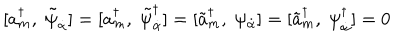
LaTeX: [ a _ { m } ^ { \dagger } , \; \tilde { \psi } _ { \dot { \alpha } } ] = [ a _ { m } ^ { \dagger } , \; \tilde { \psi } _ { \dot { \alpha } } ^ { \dagger } ] = [ \tilde { a } _ { m } ^ { \dagger } , \; \psi _ { \dot { \alpha } } ] = [ \tilde { a } _ { m } ^ { \dagger } , \; \psi _ { \dot { \alpha } } ^ { \dagger } ] = 0